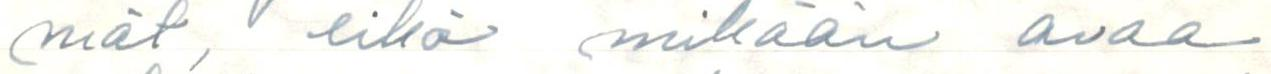
mät, eikä mikään avaa